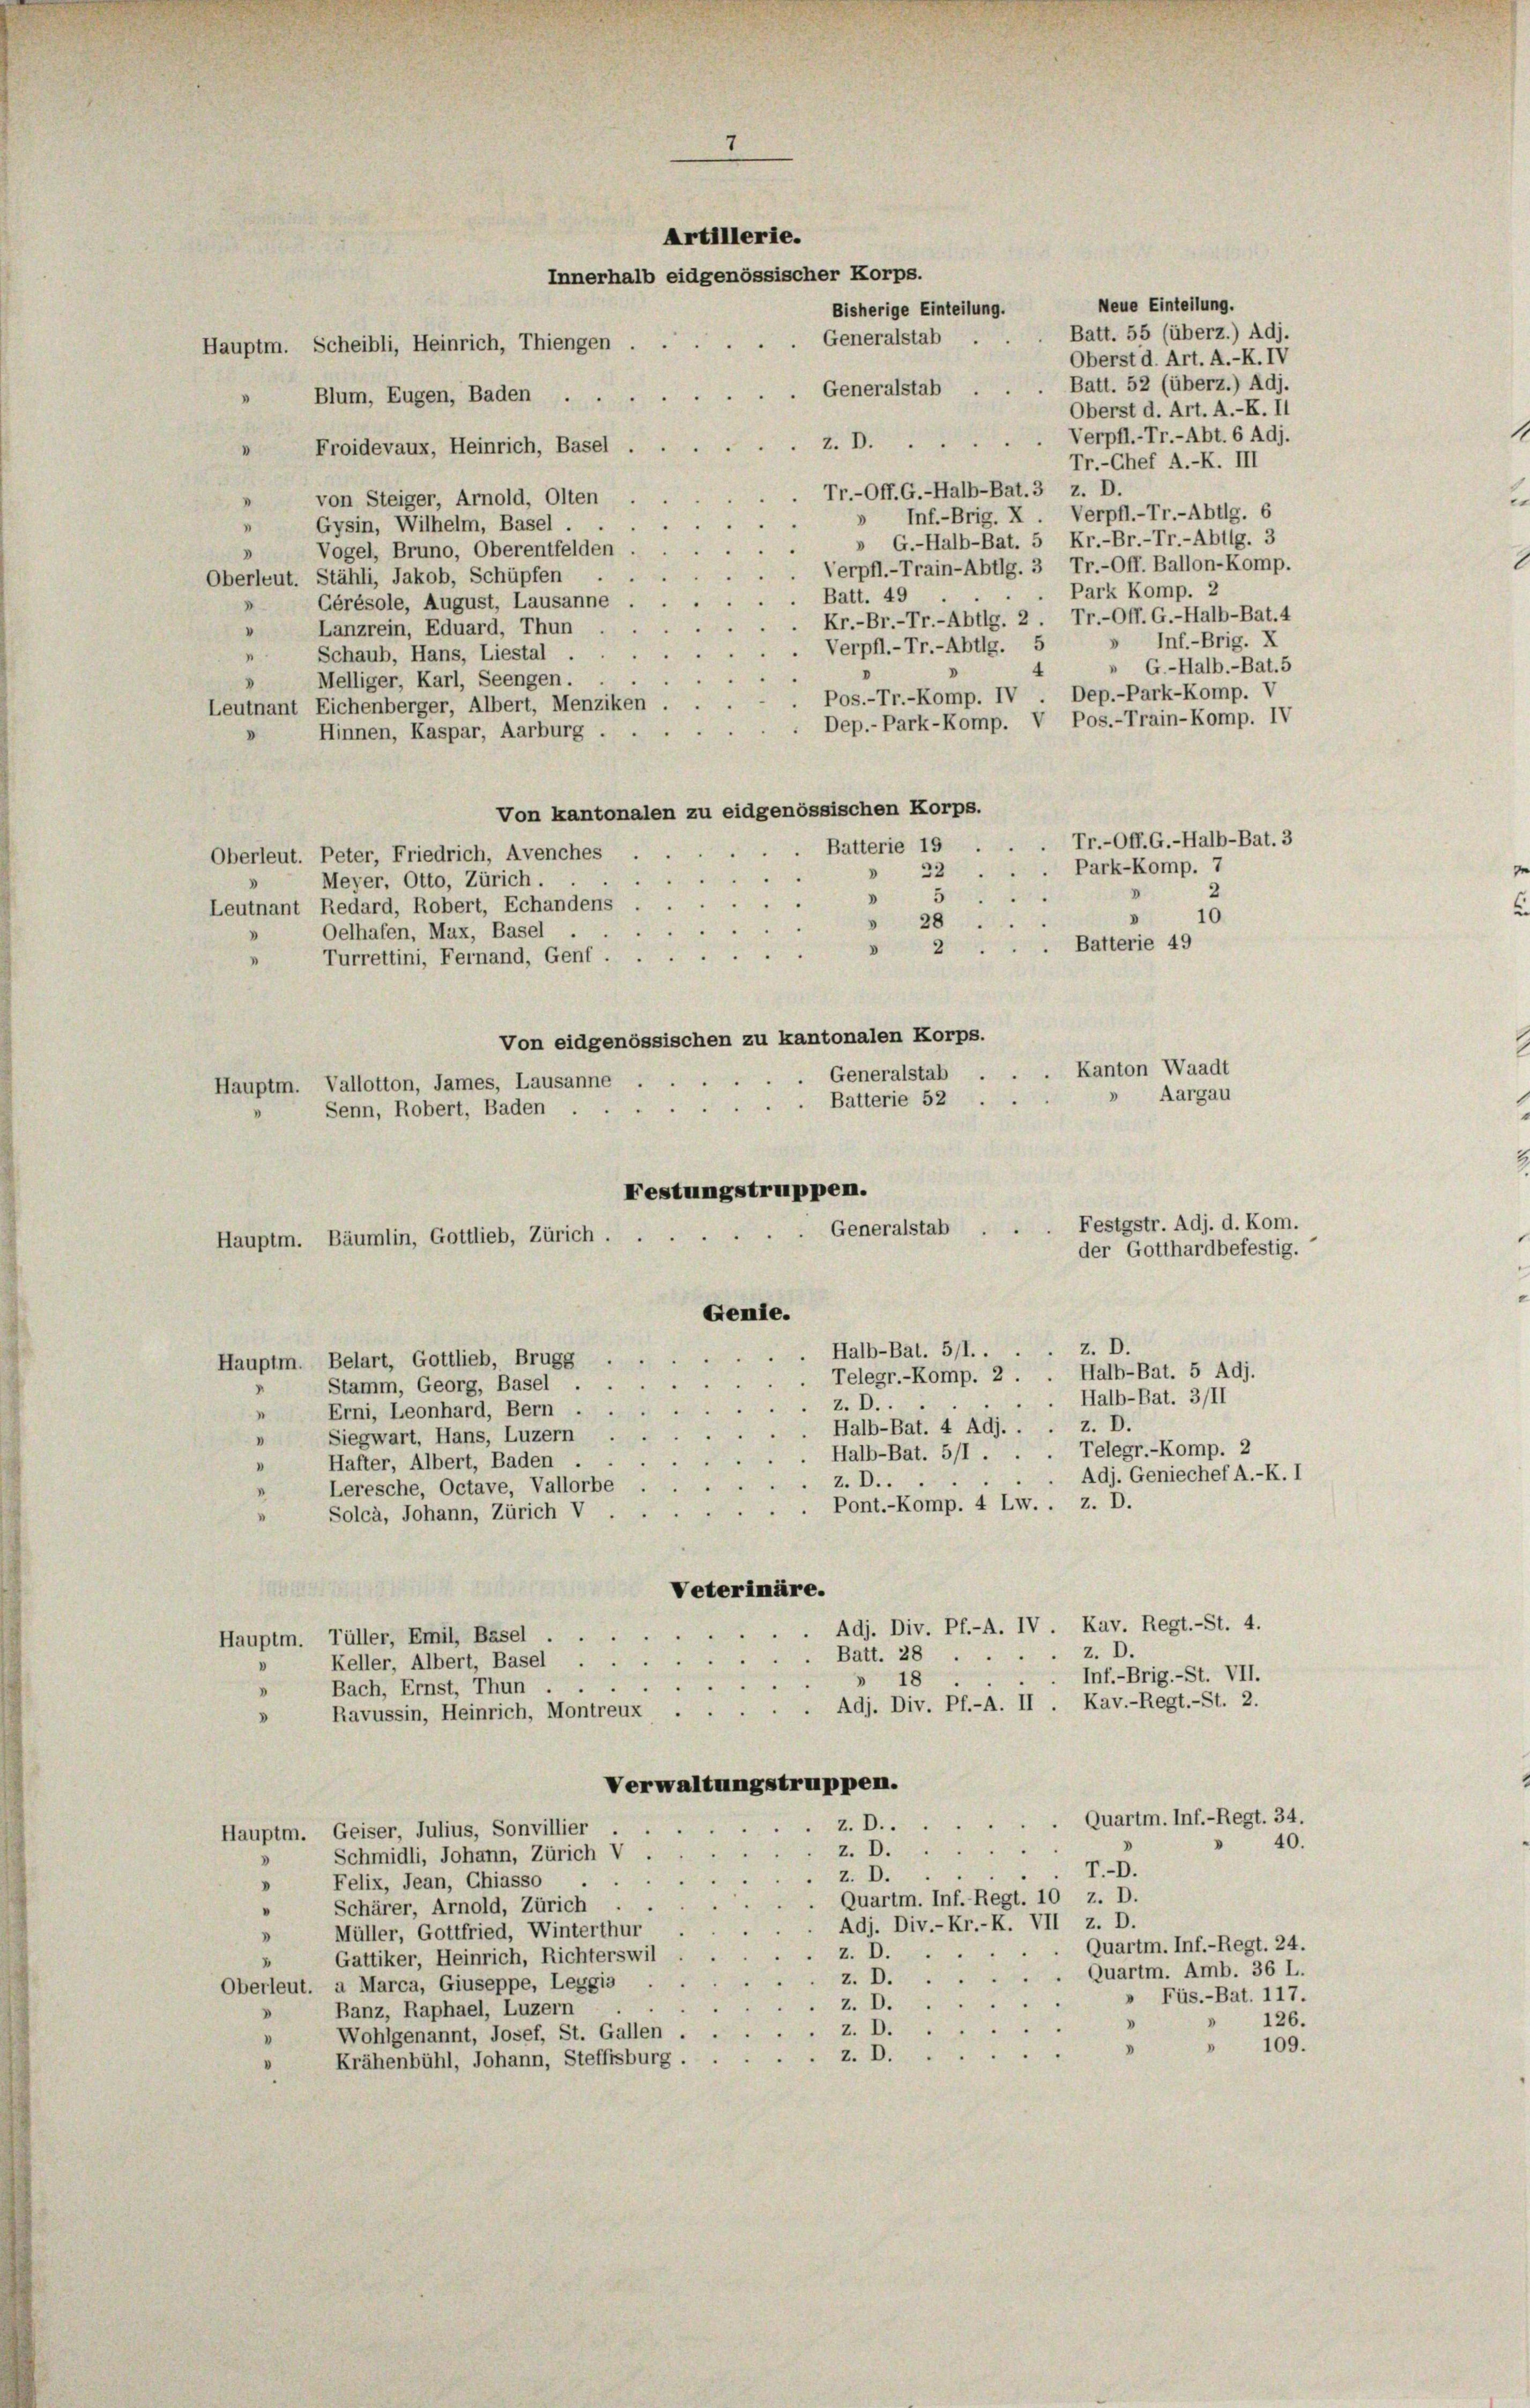
Hauptm. Scheibli, Heinrich, Thiengen
Generalstab
Blum, Eugen, Baden .
z. D.
Froidevaux, Heinrich, Basel
Tr.-Off. G.-Halb-Bat. 3 z. D.
von Steiger, Arnold, Olten
» Inf.-Brig. X Verpfl.-Tr.-Abtlg. 6
Gysin, Wilhelm, Basel.
» G.-Halb-Bat. 5 Kr.-Br.-Tr.-Abtlg. 3
.
Vogel, Bruno, Oberentfelden
Verpfl.-Train-Abtlg. 3 Tr.-Off. Ballon-Komp.
Oberleut. Stähli, Jakob, Schüpfen
Park Komp. 2
Batt. 49
Gérésole, August, Lausanne
Kr.-Br.-Tr.-Abtlg. 2. Tr.-Off. G.-Halb-Bat.4
Lanzrein, Eduard, Thun
» Inf.-Brig. X
Verpfl.-Tr.-Abtlg. 5
Schaub, Hans, Liestal
.
 G.-Halb.-Bat.5
4
Melliger, Karl, Seengen . .
Dep.-Park-Komp. V
Pos.-Tr.-Komp. IV
Leutnant Eichenberger, Albert, Menziken
Dep.-Park-Komp. V Pos.-Train-Komp. IV
Hinnen, Kaspar, Aarburg.
Von kantonalen zu eidgenössischen Korps.
Tr.-Off. G.-Halb-Bat. 3
Batterie 15 .
Oberleut. Peter, Friedrich, Avenches
Park-Komp. 7
» 32
Meyer, Otto, Zürich.
2
V
 5
Leutnant Redard, Robert, Echandens
10
 28
Oelhafen, Mux, Basel
Batterie 49
8
Turrettin, Fernand, Genf.
Von eidgenössischen zu kantonalen Korps.
. Kanton Waadt
Generalstab
Aargau
Batterie 52 ..
Festungstruppen.
Festgstr. Adj. d. Kom.
Generalstab
Hauptm. Bäumlin, Gottlieb, Zürich.
der Gotthardbefestig.
Genie.
z. D.
Halb-Bat. 5/1..
Hauptm. Belart, Gottlieb, Brugg
Telegr.-Komp. 2 . . Halb-Bat. 5 Adj.
Stamm, Georg, Basel.
. Halb-Bat. 3/II
z.D..
 Erni, Leonhard, Bern
Halb-Bat. 4 Adj. . . z. D.
" Siegwart, Hans, Luzern
Halb-Bat. 5/1 . . . Telegr.-Komp. 2
Hafter, Albert, Baden .
Adj. Geniechef A.-K. I
z. D.
Leresche, Octave, Vallorbe
 Pont.-Komp. 4 Lw.. z. D.
Solca, Johann, Zürich V
Veterimäre.
Adj. Div. Pf.-A. IV Kav. Regt.- St. 4.
Hauptm. Tüller, Emil, Basel
z. D.
Batt. 28.
Keller, Albert, Basel.
Inf.-Brig.-St. VII.
18
Bach, Ernst, Thun
Adj. Div. Pf.-A. II. Kav.-Regt.- St. 2.

Ravussin, Heinrich, Montreux
Verwaltungstruppen.
Quarti. Inf.-Regt. 34.
z.D..
Hauptm. Geiser, Julius, Sonvillier
40.
.
z. D.
Schmidli, Johann, Zürich V.
T.D.
z. D.
Felix, Jean, Chiasso .
.
Quartm. Inf. Regt. 10 z. D.
Schärer, Arnold, Zürich
Adj. Div.-Kr.-K. VII z. D.
Müller, Gottfried, Winterthur
Quartm. Inf.-Regt. 24.
z. D.
Gattiker, Heinrich, Richterswil
Quartm. Amb. 36 L.
z. D.
Oberleut. a Marca, Giuseppe, Leggia
Füs.-Bat. 117.
z. D.
Banz, Raphael, Luzern . .
126.
z. D.
Wohlgenannt, Josef, St. Gallen
109.
.
z. D.
Krähenbühl, Johann, Steffisburg.

Hauptm. Vallotton, James, Lausanne
Senn, Robert, Baden

Artillerie.
Innerhalb eidgenössischer Korps.
Bisherige Einteilung.
Generalstab

Neue Einteilung.
Batt. 55 (überz.) Adj.
Oberst d. Art. A.-K. IV
Batt. 52 (überz.) Adj.
Oberst d. Art. A.-K. II
Verpfl.-Tr.-Abt. 6 Adj.
Tr.-Chef A.-K. III